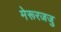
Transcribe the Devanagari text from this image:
मेरूरजजु